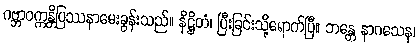
ဂဗ္ဘာဝက္ကန္တိပြဿနာမေးခွန်းသည်။ နိဋ္ဌိတံ၊ ပြီးခြင်းသို့ရောက်ပြီ။ ဘန္တေ နာဂသေန၊